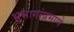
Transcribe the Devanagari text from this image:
भूभागांप्रमाणे